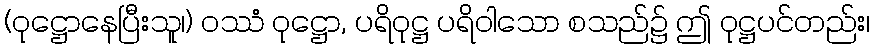
(ဝုဋ္ဌောနေပြီးသူ၊) ဝဿံ ဝုဋ္ဌော, ပရိဝုဋ္ဌ ပရိဝါသော စသည်၌ ဤ ဝုဋ္ဌပင်တည်း၊